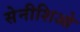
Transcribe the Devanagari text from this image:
सेनीशिओ